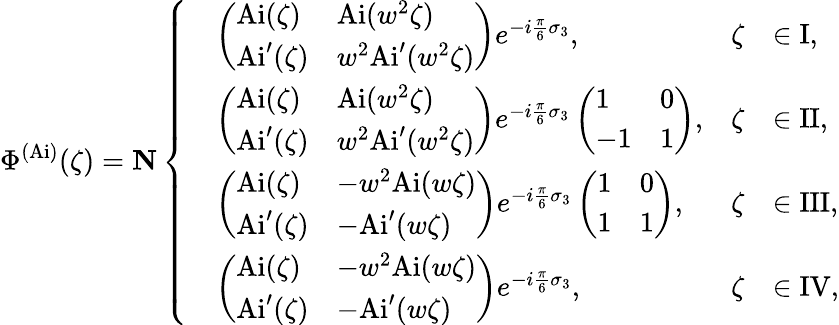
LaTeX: \Phi^{(\mathrm{Ai})}(\zeta)=\mathbf{N}\left\{ \begin{array}{rlrl}&{\left(\begin{array}{ll}{\mathrm{Ai}(\zeta)}&{\mathrm{Ai}(w^{2}\zeta)}\\ {\mathrm{Ai}^{\prime}(\zeta)}&{w^{2}\mathrm{Ai}^{\prime}(w^{2}\zeta)}\end{array}\right)e^{-i\frac{\pi}{6}\sigma_{3}},}&{\zeta}&{\in\mathrm{I},}\\ &{\left(\begin{array}{ll}{\mathrm{Ai}(\zeta)}&{\mathrm{Ai}(w^{2}\zeta)}\\ {\mathrm{Ai}^{\prime}(\zeta)}&{w^{2}\mathrm{Ai}^{\prime}(w^{2}\zeta)}\end{array}\right)e^{-i\frac{\pi}{6}\sigma_{3}}\left(\begin{array}{ll}{1}&{0}\\ {-1}&{1}\end{array}\right),}&{\zeta}&{\in\mathrm{II},}\\ &{\left(\begin{array}{ll}{\mathrm{Ai}(\zeta)}&{-w^{2}\mathrm{Ai}(w\zeta)}\\ {\mathrm{Ai}^{\prime}(\zeta)}&{-\mathrm{Ai}^{\prime}(w\zeta)}\end{array}\right)e^{-i\frac{\pi}{6}\sigma_{3}}\left(\begin{array}{ll}{1}&{0}\\ {1}&{1}\end{array}\right),}&{\zeta}&{\in\mathrm{III},}\\ &{\left(\begin{array}{ll}{\mathrm{Ai}(\zeta)}&{-w^{2}\mathrm{Ai}(w\zeta)}\\ {\mathrm{Ai}^{\prime}(\zeta)}&{-\mathrm{Ai}^{\prime}(w\zeta)}\end{array}\right)e^{-i\frac{\pi}{6}\sigma_{3}},}&{\zeta}&{\in\mathrm{IV},}\end{array}\right.